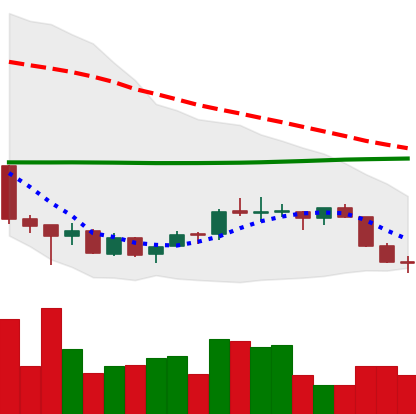
Ticker: EOS-USD
Chart end date: 2018-07-11
Forward return: 12.767%
Label: up_7plus